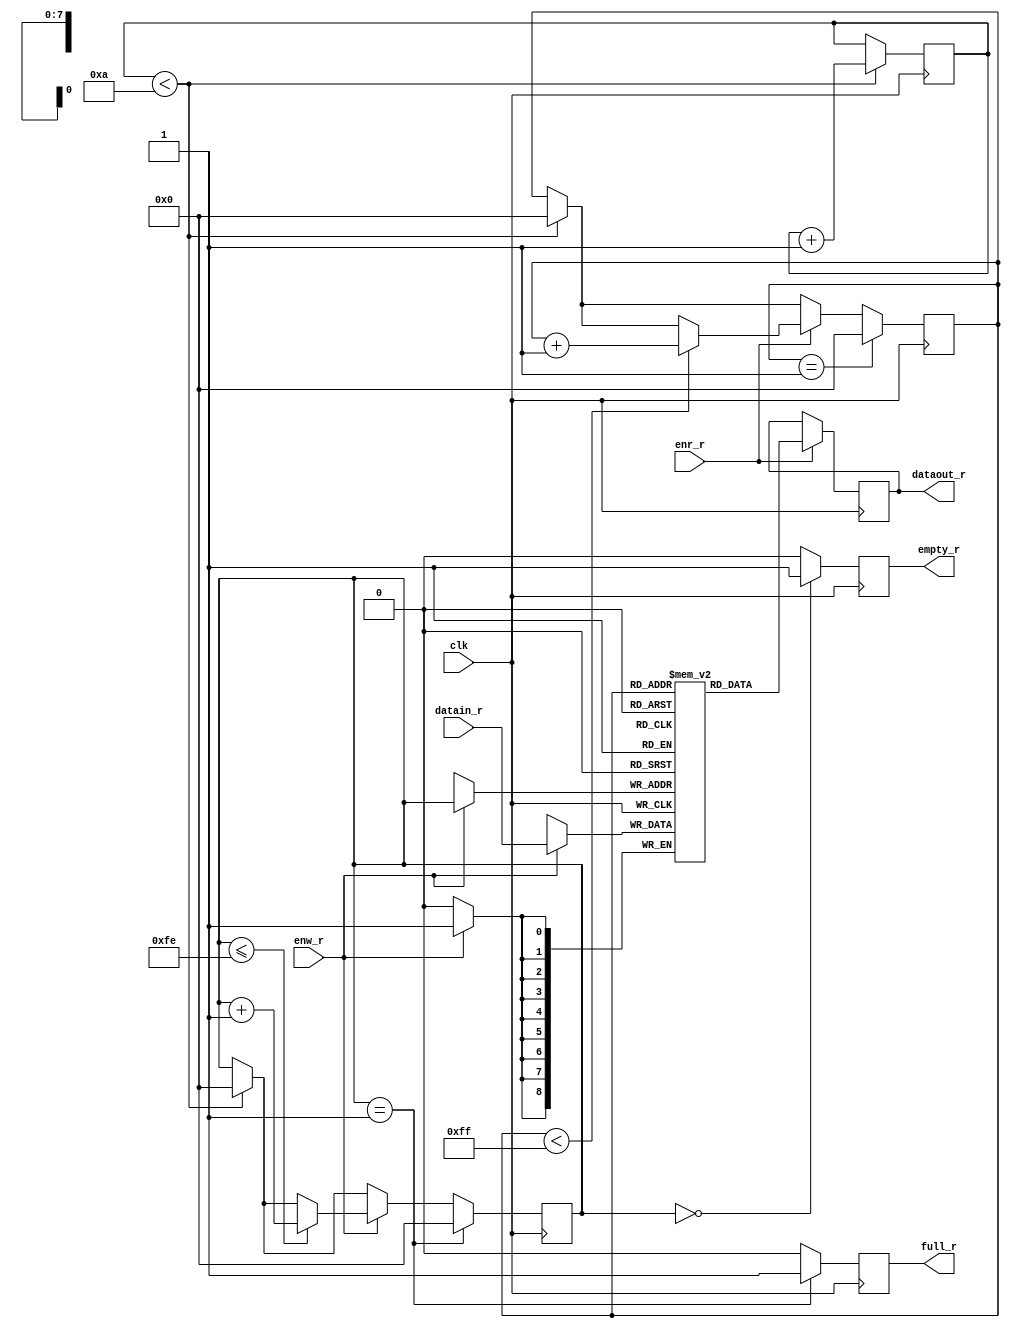
// Generated by MyHDL 0.11


`timescale 1ns/10ps

module fifo (
    clk,
    empty_r,
    full_r,
    enr_r,
    enw_r,
    dataout_r,
    datain_r
);
// The following between the single quotes ':= "0000"' needs to added to line below
// signal instance_1_reset_ctn: unsigned(3 downto 0);
// before the ';' to be like the following
// signal instance_1_reset_ctn: unsigned(3 downto 0):= "0000";
//  

input clk;
output empty_r;
reg empty_r;
output full_r;
reg full_r;
input enr_r;
input enw_r;
output [8:0] dataout_r;
reg [8:0] dataout_r;
input [8:0] datain_r;

reg [3:0] reset_ctn;
reg [7:0] readptr;
reg [7:0] writeptr;
reg [8:0] mem [0:256-1];



always @(posedge clk) begin: FIFO_RTL
    if ((reset_ctn < 10)) begin
        readptr <= 0;
        writeptr <= 0;
        reset_ctn <= (reset_ctn + 1);
    end
    if ((enr_r == 1'b1)) begin
        dataout_r <= mem[readptr];
        if (($signed({1'b0, readptr}) < ((2 ** 8) - 1))) begin
            readptr <= (readptr + 1);
        end
    end
    if ((enw_r == 1'b1)) begin
        mem[writeptr] <= datain_r;
        if (($signed({1'b0, writeptr}) <= ((2 ** 8) - 2))) begin
            writeptr <= (writeptr + 1);
        end
    end
    if (($signed({1'b0, readptr}) == ((2 ** 8) - 1))) begin
        readptr <= 0;
    end
    if (($signed({1'b0, writeptr}) == ((2 ** 8) - 1))) begin
        full_r <= 1'b1;
        writeptr <= 0;
    end
    else begin
        full_r <= 1'b0;
    end
    if ((writeptr == 0)) begin
        empty_r <= 1'b1;
    end
    else begin
        empty_r <= 1'b0;
    end
end

endmodule